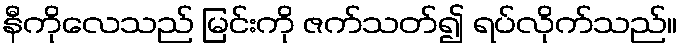
နီကိုလေသည် မြင်းကို ဇက်သတ်၍ ရပ်လိုက်သည်။